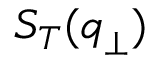
S _ { T } ( { \boldsymbol { q } } _ { \perp } )